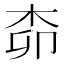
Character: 𱣊